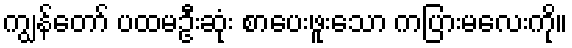
ကျွန်တော် ပထမဦးဆုံး စာပေးဖူးသော ကပြားမလေးကို။